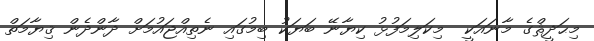
މިޙަދީޘްގެ މާނައަކީ  މިކަލިމަފުޅު ކިޔާނޭ ބަޔަކު ބިމުގައި ނެތިއްޖައުމަށް ދާންދެން ޤިޔާމަތް